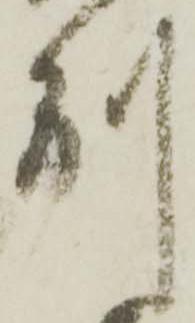
別